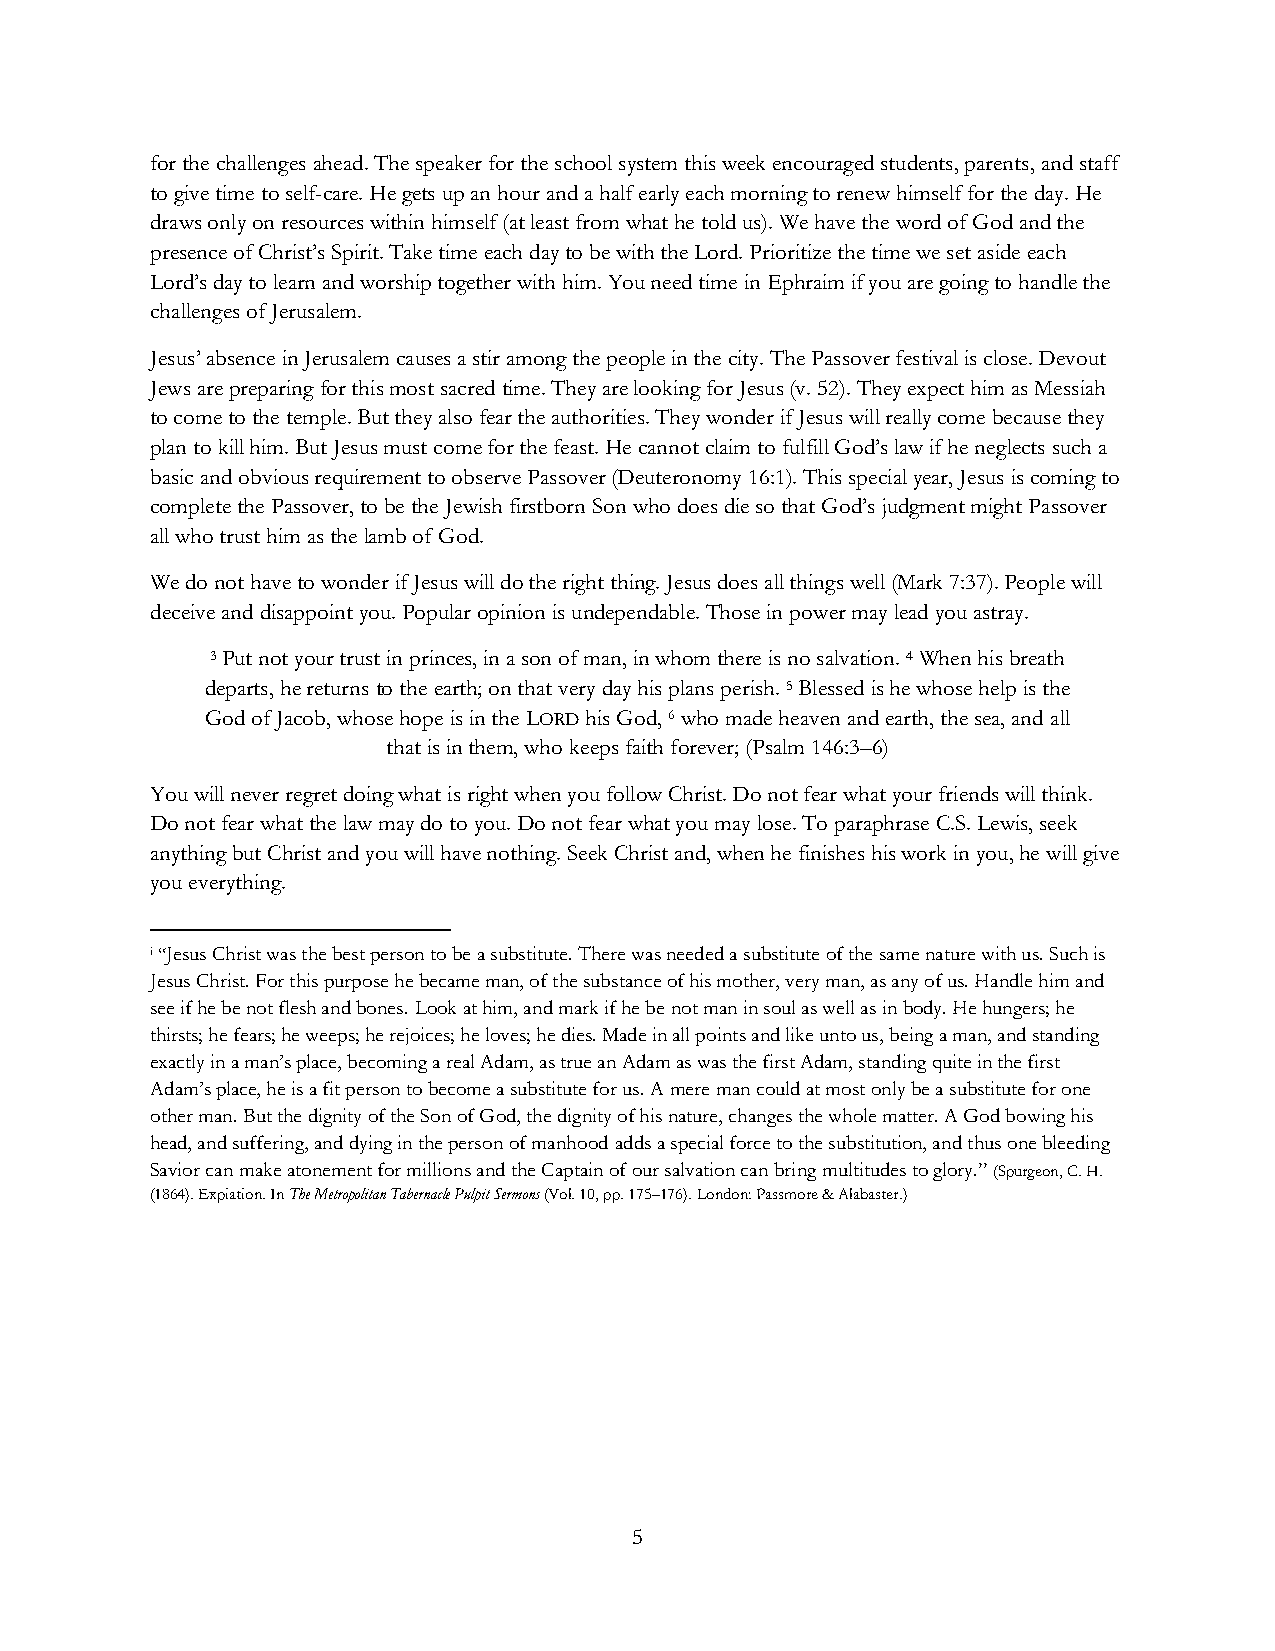
for the challenges ahead. The speaker for the school system this week encouraged students, parents, and staff
 to give time to self-care. He gets up an hour and a half early each morning to renew himself for the day. He
 draws only on resources within himself (at least from what he told us). We have the word of God and the
 presence of Christ’s Spirit. Take time each day to be with the Lord. Prioritize the time we set aside each
 Lord’s day to learn and worship together with him. You need time in Ephraim if you are going to handle the
 challenges of Jerusalem.
 Jesus’ absence in Jerusalem causes a stir among the people in the city. The Passover festival is close. Devout
 Jews are preparing for this most sacred time. They are looking for Jesus (v. 52). They expect him as Messiah
 to come to the temple. But they also fear the authorities. They wonder if Jesus will really come because they
 plan to kill him. But Jesus must come for the feast. He cannot claim to fulfill God’s law if he neglects such a
 basic and obvious requirement to observe Passover (Deuteronomy 16:1). This special year, Jesus is coming to
 complete the Passover, to be the Jewish firstborn Son who does die so that God’s judgment might Passover
 all who trust him as the lamb of God.
 We do not have to wonder if Jesus will do the right thing. Jesus does all things well (Mark 7:37). People will
 deceive and disappoint you. Popular opinion is undependable. Those in power may lead you astray.
 3 Put not your trust in princes, in a son of man, in whom there is no salvation. 4 When his breath
 departs, he returns to the earth; on that very day his plans perish. 5 Blessed is he whose help is the
 God of Jacob, whose hope is in the LORD his God, 6 who made heaven and earth, the sea, and all
 that is in them, who keeps faith forever; (Psalm 146:3–6)
 You will never regret doing what is right when you follow Christ. Do not fear what your friends will think.
 Do not fear what the law may do to you. Do not fear what you may lose. To paraphrase C.S. Lewis, seek
 anything but Christ and you will have nothing. Seek Christ and, when he finishes his work in you, he will give
 you everything.
 i “Jesus Christ was the best person to be a substitute. There was needed a substitute of the same nature with us. Such is
 Jesus Christ. For this purpose he became man, of the substance of his mother, very man, as any of us. Handle him and
 see if he be not flesh and bones. Look at him, and mark if he be not man in soul as well as in body. He hungers; he
 thirsts; he fears; he weeps; he rejoices; he loves; he dies. Made in all points and like unto us, being a man, and standing
 exactly in a man’s place, becoming a real Adam, as true an Adam as was the first Adam, standing quite in the first
 Adam’s place, he is a fit person to become a substitute for us. A mere man could at most only be a substitute for one
 other man. But the dignity of the Son of God, the dignity of his nature, changes the whole matter. A God bowing his
 head, and suffering, and dying in the person of manhood adds a special force to the substitution, and thus one bleeding
 Savior can make atonement for millions and the Captain of our salvation can bring multitudes to glory.” (Spurgeon, C. H.
 (1864). Expiation. In The Metropolitan Tabernacle Pulpit Sermons (Vol. 10, pp. 175–176). London: Passmore & Alabaster.)
 5